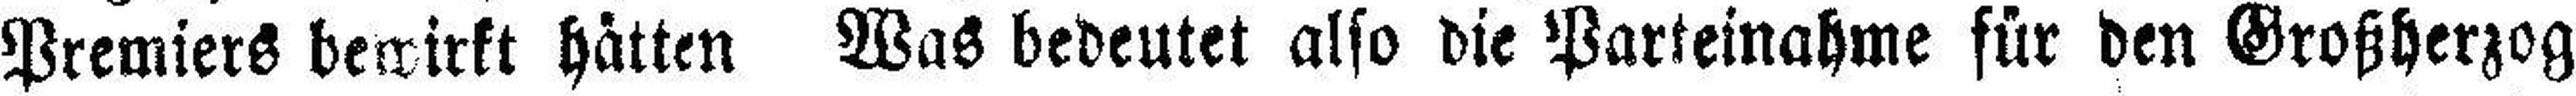
Premiers bewirkt hätten Was bedeutet also die Parteinahme für den Großherzog